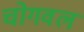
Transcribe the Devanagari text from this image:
चोगवल